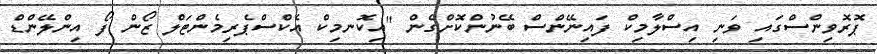
ޕޮރޮވިންސްގައި ވަނި އިސްލާމިކް ފައިނޭންސް ބޭނުންކޮށްގެން "އިކޮނމިކް އެކްސްޕެރިމެންޓަލް ޒޯން ފޯ އިންލޭންޑް